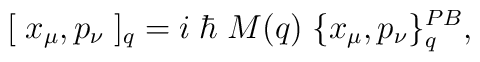
[\; x_{\mu}, p_{\nu}\; ]_{q} =  i\;\hbar\; M(q)\;\{ x_{\mu}, p_{\nu}\}_{q}^{PB},